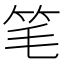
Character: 笔